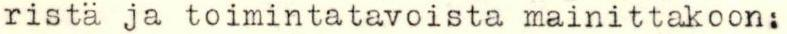
ristä ja toimintatavoista mainittakoon: